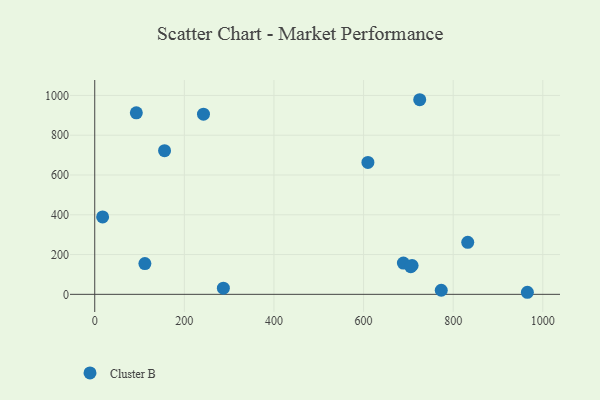
{"axis": {"x": "Study Hours", "y": "Demand"}, "legend": ["Cluster B"], "data": [{"x": "111.9", "y": 154.7, "type": "Cluster B"}, {"x": "155.8", "y": 722.4, "type": "Cluster B"}, {"x": "708.3", "y": 145.1, "type": "Cluster B"}, {"x": "773.4", "y": 20.6, "type": "Cluster B"}, {"x": "287.1", "y": 31.0, "type": "Cluster B"}, {"x": "725.3", "y": 978.5, "type": "Cluster B"}, {"x": "17.6", "y": 389.4, "type": "Cluster B"}, {"x": "609.7", "y": 663.2, "type": "Cluster B"}, {"x": "965.6", "y": 10.4, "type": "Cluster B"}, {"x": "832.5", "y": 261.4, "type": "Cluster B"}, {"x": "92.8", "y": 912.7, "type": "Cluster B"}, {"x": "688.9", "y": 157.1, "type": "Cluster B"}, {"x": "242.7", "y": 905.9, "type": "Cluster B"}, {"x": "705.3", "y": 139.1, "type": "Cluster B"}]}